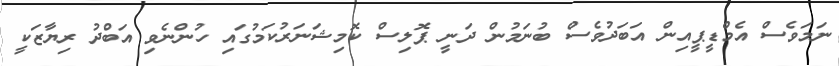
ނަމަވެސް އެމްޑީޕީއިން އަބަދުވެސް ބުނަމުން ދަނީ ޕޮލިސް ކޮމިޝަނަރުކަމުގައި ހުންނެވި އަބްދު ރިޔާޒަކީ